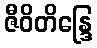
ဇီဝိတိန္ဒြေ